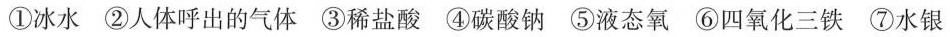
①冰水②人体呼出的气体③稀盐酸④碳酸钠⑤液态氧⑥四氧化三铁⑦水银